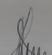
Signature authenticity: genuine